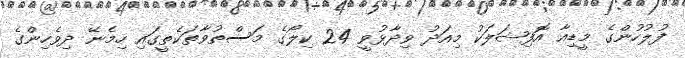
ފުލުހުންގެ މީޑިއާ އޮޮފިޝަލަކު މިއަދު ވިދާޅުވީ 24 ކިލޯގެ މަސްތުވާތަކެތީގައި ހިމެނޭ ދިވެހިންގެ